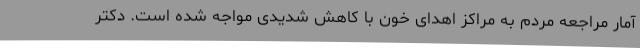
آمار مراجعه مردم به مراکز اهدای خون با کاهش شدیدی مواجه شده است. دکتر